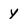
Character: y